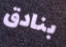
بنادق